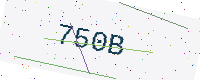
Text: 750B